Civil Veterinary Dept. Bombay admin report 1914-1922 - 1914-1922
Year: 1914
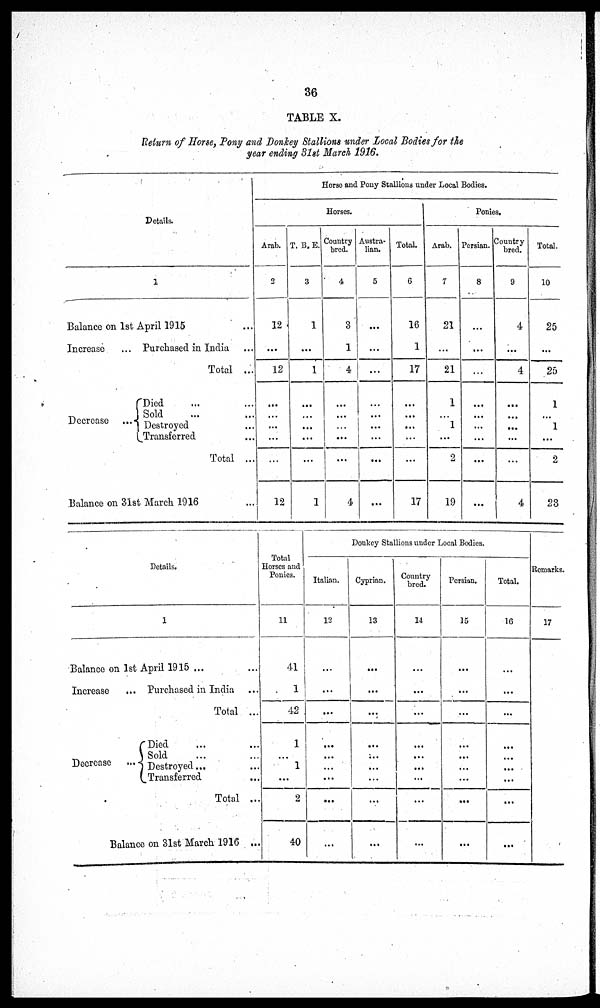
36
TABLE X.
Return of Horse, Pony and Donkey Stallions under Local Bodies for the
year ending 31st March 1916.
Details.
1
Balance on 1st April 1915 ...
Increase
... Purchased in India ...
Total ...
Decrease ...
Died ... ...
Sold ... ...
Destroyed ...
Transferred ...
Total ...
Balance on 31st March 1916 ...
Horse and Pony Stallions under Local Bodies.
Horses.
Arab.
2
12
...
12
...
...
...
...
...
12
T. B. E.
3
1
...
1
...
...
...
...
...
1
Country
bred.
4
3
1
4
...
...
...
...
4
Austra-
lian.
5
...
...
...
...
...
...
...
...
...
Total.
6
16
1
17
...
...
...
...
...
17
Ponies.
Arab.
7
21
...
21
1
...
1
...
2
19
Persian.
8
...
...
...
...
...
...
...
...
...
Country
bred.
9
4
...
4
...
...
...
...
...
4
Total.
10
25
...
25
1
...
1
...
2
23
Details.
Balance on 1st April 1915 ... ...
Increase
... Purchased in India ...
Total ...
Decrease
...
Died ... ...
Sold ... ...
Destroyed ...
Transferred ...
Total ...
Balance on 31st March 1916 ...
Total
Horses and
Ponies.
11
41
1
42
1
...
1
...
2
40
Donkey Stallions under Local Bodies.
Italian.
12
...
...
...
...
...
...
...
...
...
Cyprian.
13
...
...
...
...
...
...
...
...
...
Country
bred.
14
...
...
...
...
...
...
...
...
...
Persian.
15
...
...
...
...
...
...
...
...
...
Total.
16
...
...
...
...
...
...
...
...
...
Remarks.
17
...